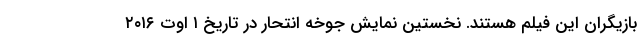
بازیگران این فیلم هستند. نخستین نمایش جوخه انتحار در تاریخ ۱ اوت ۲۰۱۶